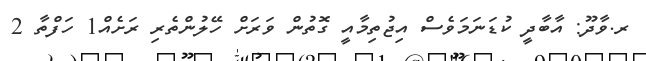
ރ.ވާދޫ: އާބާދީ ކުޑަނަމަވެސް އިޖުތިމާއީ ގޮތުން ވަރަށް ހޭލުންތެރި ރަށެއް1 ހަފްތާ 2